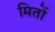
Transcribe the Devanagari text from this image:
मितों